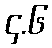
၄.၆